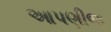
આપણીજ